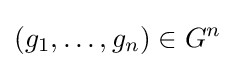
(g_{1},\ldots ,g_{n})\in G^{n}